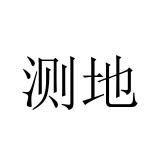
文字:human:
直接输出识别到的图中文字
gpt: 测地